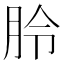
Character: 朎